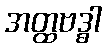
အတ္ထဗဒ္ဓါ